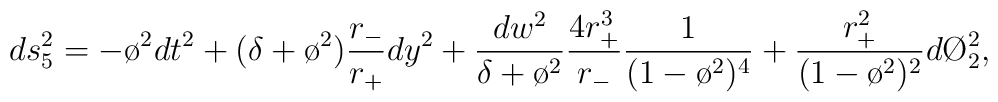
ds_5^2=-\o^2dt^2 + (\delta+\o^2)\frac{r_-}{r_+}dy^2 +\frac{dw^2}{\delta+\o^2}\frac{4r_+^3}{r_-}\frac{1}{(1-\o^2)^4}+\frac{r_+^2}{(1-\o^2)^2}d\O_2^2,